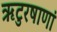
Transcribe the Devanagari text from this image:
ऋटुरषाणां